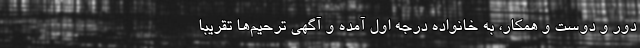
دور و دوست و همکار، به خانواده درجه اول آمده و آگهی ترحیم‌ها تقریباً